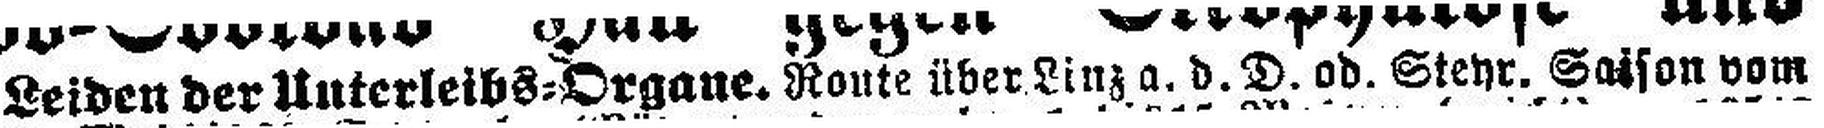
Leiden der Unterleibs=Organe. Route über Linz a. d. D. od. Steyr. Saison vom